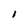
Character: I